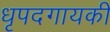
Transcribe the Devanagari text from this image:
धृपदगायकी